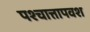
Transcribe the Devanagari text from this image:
पश्चात्तापवश